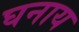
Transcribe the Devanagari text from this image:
घनाय